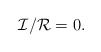
\begin{align*}{\mathcal{I}}/{\mathcal{R}} = 0.\end{align*}